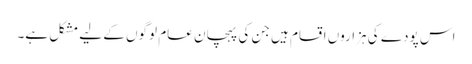
اس پودے کی ہزاروں اقسام ہیں جن کی پہچان عام لوگوں کے لیے مشکل ہے۔